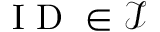
\mathrm { ~ I ~ D ~ } \in \mathcal { I }